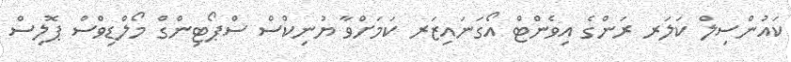
ކައުންސިލް ކަލަރ ރަންގެ އިވެންޓް އޯގަނައިޒަރ ކަމަށްވާ ޔުނިކްސް ސްޕޯޓިންގް މޯލްޑިވްސް ޕޮލިސް